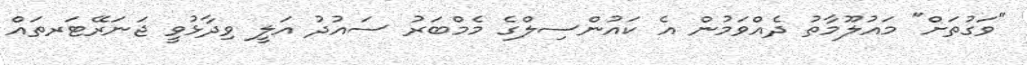
"ވަގުތަށް" މައުލޫމާތު ދެއްވަމުން އެ ކައުންސިލްގެ މެމްބަރު ސައުދު އަލީ ވިދާޅުވީ ޖަނަރޭޓަރތައް